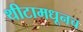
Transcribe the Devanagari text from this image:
थीटामधूनच